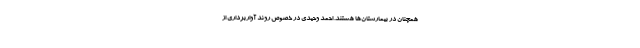
همچنان در بیمارستان‌ها هستند. احمد وحیدی در خصوص روند آواربرداری از